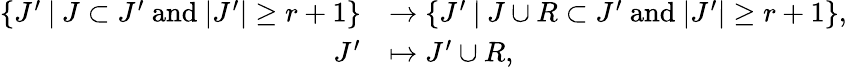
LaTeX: \begin{array}{rl}{\{ J^{\prime}\: \vert\: J\subset J^{\prime}\mathrm{~and~}\lvert J^{\prime}\rvert\geq r+1\} }&{\to\{ J^{\prime}\: \vert\: J\cup R\subset J^{\prime}\mathrm{~and~}\lvert J^{\prime}\rvert\geq r+1\} ,}\\ {J^{\prime}}&{\mapsto J^{\prime}\cup R,}\end{array}